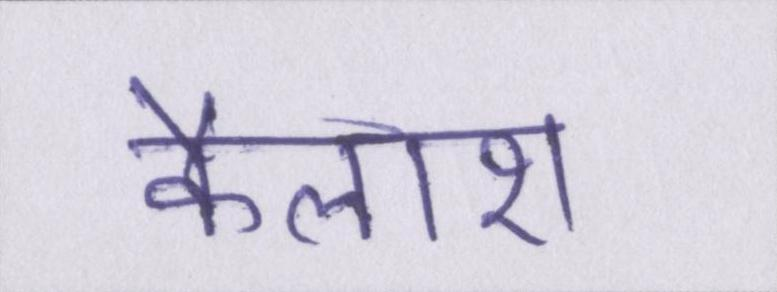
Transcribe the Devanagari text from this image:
कैलाश